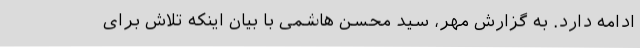
ادامه دارد. به گزارش مهر، سید محسن هاشمی با بیان اینکه تلاش برای